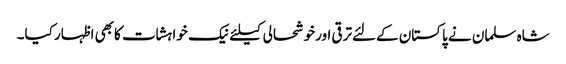
شاہ سلمان نے پاکستان کےلئےترقی اورخوشحالی کیلئےنیک خواہشات کابھی اظہار کیا۔